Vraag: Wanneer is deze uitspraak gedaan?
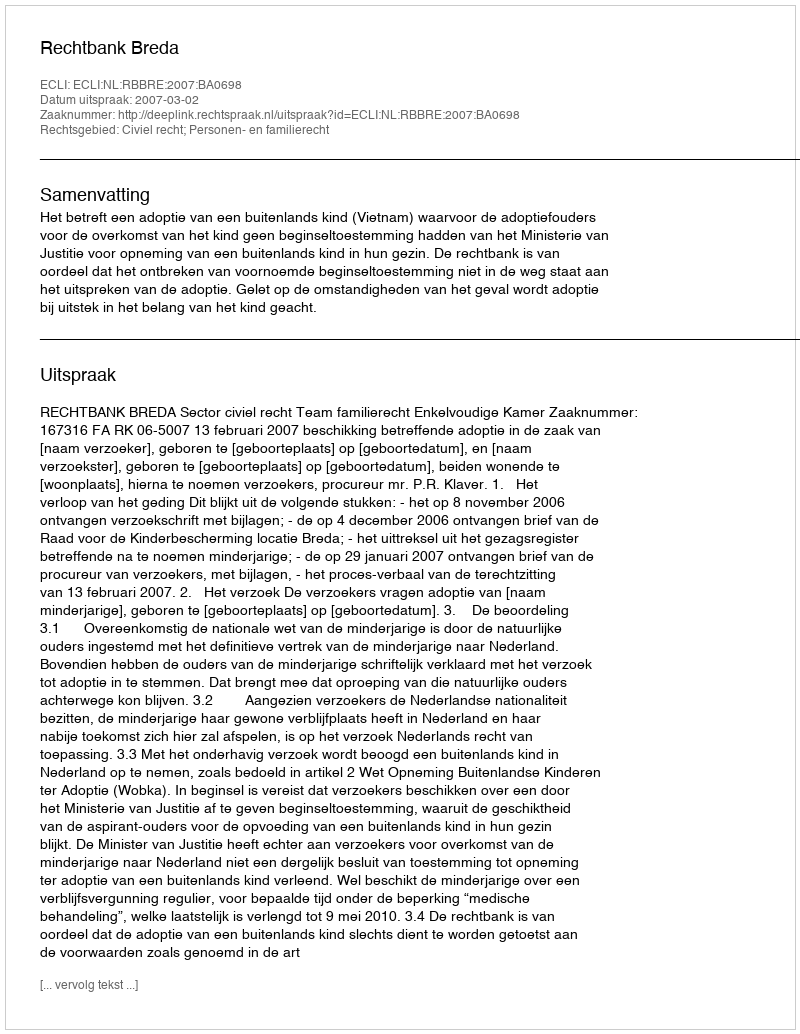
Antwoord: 2007-03-02